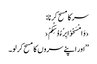
سر کا مسح کرنا:
‹وَامْسَحُوْا بِرُءُوْسِکُمْ›
’’اور اپنے سروں کا مسح کر لو۔